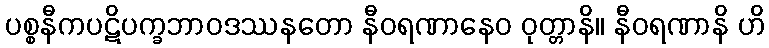
ပစ္စနီကပဋိပက္ခဘာဝဒဿနတော နီဝရဏာနေဝ ဝုတ္တာနိ။ နီဝရဏာနိ ဟိ